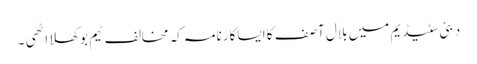
دبئی سٹیڈیم میں بلال آصف کا ایسا کارنامہ کہ مخالف ٹیم بوکھلا اٹھی ۔